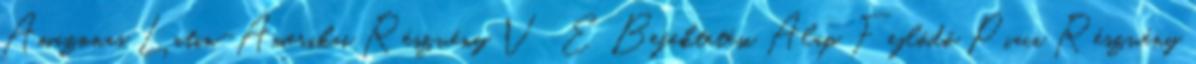
Amazonas Latin-Amerikai Részvény V E Befektetési Alap Fejlődő Piaci Részvény